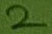
Text: 2